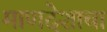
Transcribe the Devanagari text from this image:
माणदेशाचा